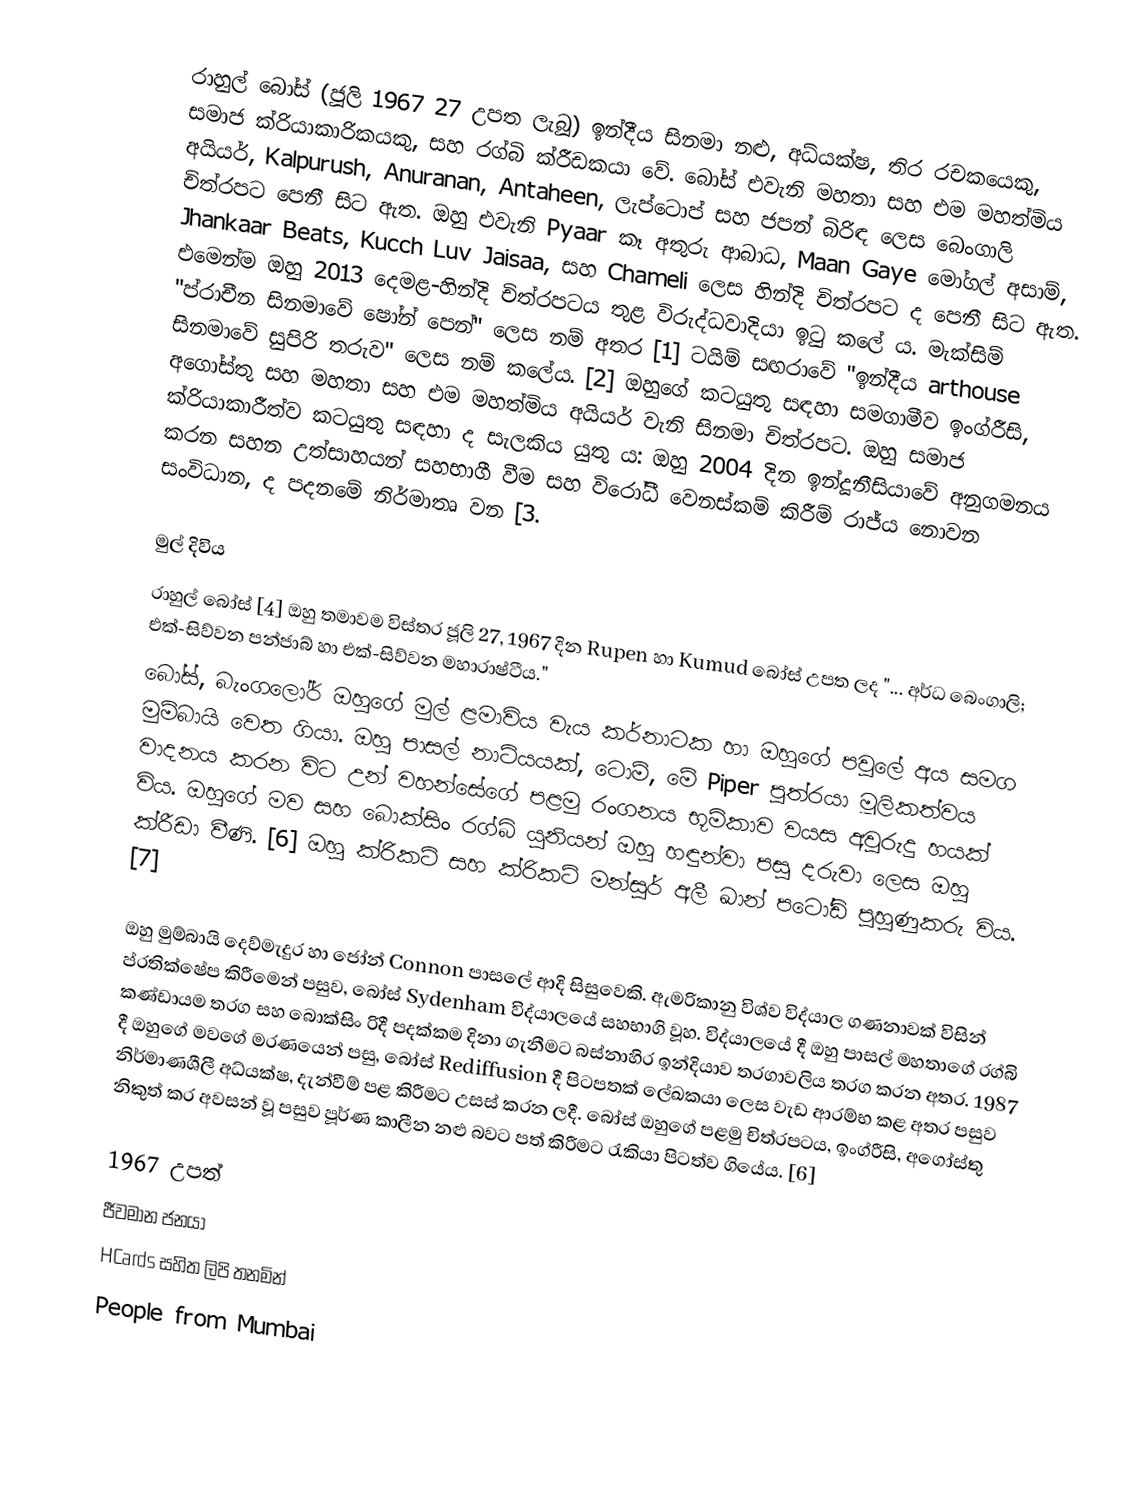
රාහුල් බෝස් (ජූලි 1967 27 උපත ලැබූ) ඉන්දීය සිනමා නළු, අධ්යක්ෂ, තිර රචකයෙකු, සමාජ ක්රියාකාරිකයකු, සහ රග්බි ක්රීඩකයා වේ. බෝස් එවැනි මහතා සහ එම මහත්මිය අයියර්, Kalpurush, Anuranan, Antaheen, ලැප්ටොප් සහ ජපන් බිරිඳ ලෙස බෙංගාලි චිත්රපට පෙනී සිට ඇත. ඔහු එවැනි Pyaar කෑ අතුරු ආබාධ, Maan Gaye මෝගල් අසාම්, Jhankaar Beats, Kucch Luv Jaisaa, සහ Chameli ලෙස හින්දි චිත්රපට ද පෙනී සිට ඇත. එමෙන්ම ඔහු 2013 දෙමළ-හින්දි චිත්රපටය තුළ විරුද්ධවාදියා ඉටු කලේ ය. මැක්සිම් "ප්රාචීන සිනමාවේ ෂෝන් පෙන්" ලෙස නම් අතර [1] ටයිම් සඟරාවේ "ඉන්දීය arthouse සිනමාවේ සුපිරි තරුව" ලෙස නම් කලේය. [2] ඔහුගේ කටයුතු සඳහා සමගාමීව ඉංග්රීසි, අගෝස්තු සහ මහතා සහ එම මහත්මිය අයියර් වැනි සිනමා චිත්රපට. ඔහු සමාජ ක්රියාකාරීත්ව කටයුතු සඳහා ද සැලකිය යුතු ය: ඔහු 2004 දින ඉන්දූනීසියාවේ අනුගමනය කරන සහන උත්සාහයන් සහභාගී වීම සහ විරෝධී වෙනස්කම් කිරීම් රාජ්ය නොවන සංවිධාන, ද පදනමේ නිර්මාතෘ වන [3.

මුල් දිවිය
රාහුල් බෝස් [4] ඔහු තමාවම විස්තර ජූලි 27, 1967 දින Rupen හා Kumud බෝස් උපත ලද "... අර්ධ බෙංගාලි; එක්-සිව්වන පන්ජාබ් හා එක්-සිව්වන මහාරාෂ්ටීය."
බෝස්, බැංගලෝර් ඔහුගේ මුල් ළමාවිය වැය කර්නාටක හා ඔහුගේ පවුලේ අය සමග මුම්බායි වෙත ගියා. ඔහු පාසල් නාට්යයක්, ටොම්, මේ Piper පුත්රයා මූලිකත්වය වාදනය කරන විට උන් වහන්සේගේ පළමු රංගනය භූමිකාව වයස අවුරුදු හයක් විය. ඔහුගේ මව සහ බොක්සිං රග්බි යූනියන් ඔහු හඳුන්වා පසු දරුවා ලෙස ඔහු ක්රීඩා වීණි. [6] ඔහු ක්රිකට් සහ ක්රිකට් මන්සූර් අලී ඛාන් පටෝඩි පුහුණුකරු විය. [7]

ඔහු මුම්බායි දෙව්මැදුර හා ජෝන් Connon පාසලේ ආදි සිසුවෙකි. ඇමරිකානු විශ්ව විද්යාල ගණනාවක් විසින් ප්රතික්ෂේප කිරීමෙන් පසුව, බෝස් Sydenham විද්යාලයේ සහභාගි වූහ. විද්යාලයේ දී ඔහු පාසල් මහතාගේ රග්බි කණ්ඩායම තරග සහ බොක්සිං රිදී පදක්කම දිනා ගැනීමට බස්නාහිර ඉන්දියාව තරගාවලිය තරග කරන අතර. 1987 දී ඔහුගේ මවගේ මරණයෙන් පසු, බෝස් Rediffusion දී පිටපතක් ලේඛකයා ලෙස වැඩ ආරම්භ කළ අතර පසුව නිර්මාණශීලී අධ්යක්ෂ, දැන්වීම් පළ කිරීමට උසස් කරන ලදී. බෝස් ඔහුගේ පළමු චිත්රපටය, ඉංග්රීසි, අගෝස්තු නිකුත් කර අවසන් වූ පසුව පූර්ණ කාලීන නළු බවට පත් කිරීමට රැකියා පිටත්ව ගියේය. [6]

1967 උපත්
ජීවමාන ජනයා
HCards සහිත ලිපි තනමින්
People from Mumbai